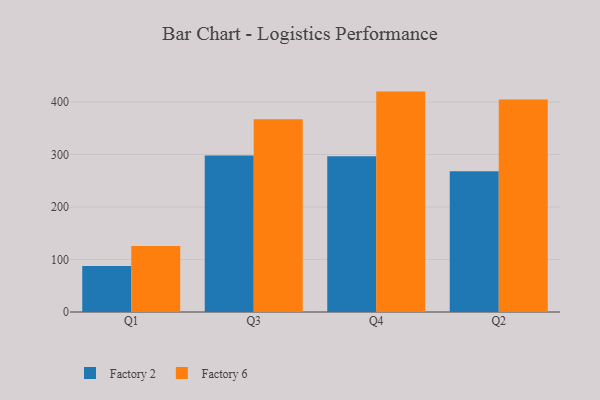
{"axis": {"x": "Quarter", "y": "Satisfaction Score"}, "legend": ["Factory 2", "Factory 6"], "data": [{"x": "Q1", "y": 87.8, "type": "Factory 2"}, {"x": "Q1", "y": 125.6, "type": "Factory 6"}, {"x": "Q3", "y": 298.2, "type": "Factory 2"}, {"x": "Q3", "y": 367.0, "type": "Factory 6"}, {"x": "Q4", "y": 296.8, "type": "Factory 2"}, {"x": "Q4", "y": 419.8, "type": "Factory 6"}, {"x": "Q2", "y": 268.3, "type": "Factory 2"}, {"x": "Q2", "y": 404.6, "type": "Factory 6"}]}